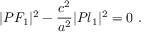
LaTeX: | P F _ { 1 } | ^ { 2 } - { \frac { c ^ { 2 } } { a ^ { 2 } } } | P l _ { 1 } | ^ { 2 } = 0 \ .